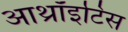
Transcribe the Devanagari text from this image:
आथ्रॉइटिस